Scottish Leaving Certificate Examination, 1952
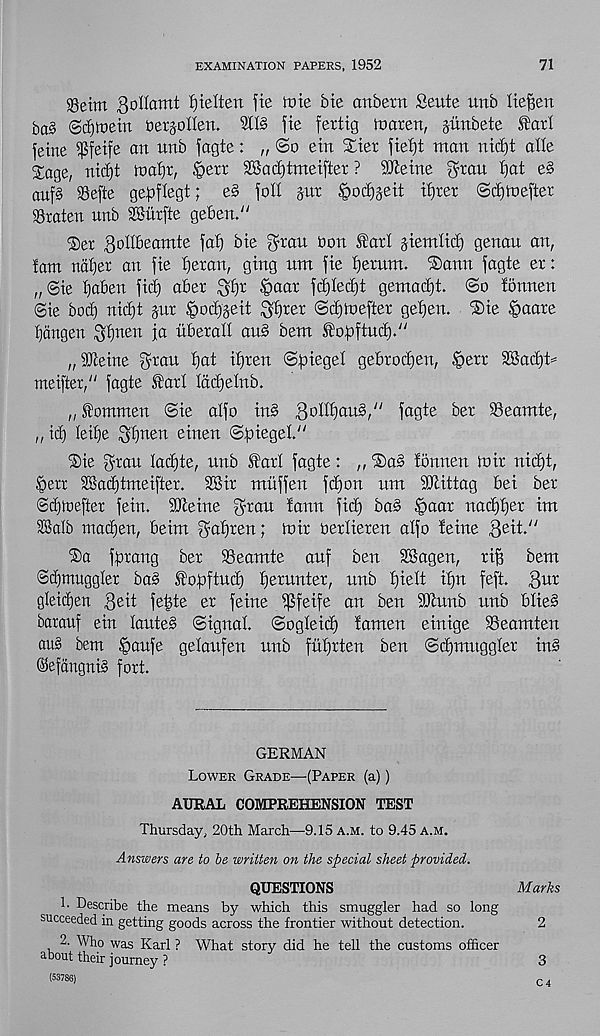
EXAMINATION PAPERS, 1952
71
99eim gollamt fjielten fie ittte bie anbetn Seute unb liefien
ba§ ©dftoein DersoIIen. 21I§ fie fertig marert, juubete farl
feme iPfeife an nnb fagte: „ So etn Slier fief)t man nid)t alle
Sage, nid)t maijr, §ett dBad)tmeifter ? SKeine ^rau tjat e§
auf§ Sefte gepflegt; e§ foil jut ^odj^eit d)tet Sdjtoefter
93raten unb SSurfte geben."
Set godbeamie fat) bie ^rau bon tart jiemtid) genau an,
fam nafjet an fie fjeran, ging nm fie t)erum. Sann fagte er:
„ Sie ^aben fid) aber ^I)r tpaar fd)Ied)t gemadjt. So Ibnnen
®ie bod) nid)t pr §od)jeit S^br Sdjtoefter gef)en. Sie ^aate
fjangen 3t)nen fa liberad au§ bent fopftud)."
„ iO'ceirte gran f)at it)ren ©foieget gebrodjen, §err 2Bad)t=
meifter," fagte .fart Iddjetnb.
„ fommen Sie atfo in§ 3 0 H^) au §/ ; fflQtb ber 93eamte,
,, id) leitfe gtjnen einen Spiegel"
Sie gran Iad)te, nnb SJart fagte: ,, ®a§ tonnen mir nicpt,
§err 2Bad)tmeifter. 2Bir traiffen ftpon nm ibtittag bei ber
©djtoefter fein. iOteine gran tann fid) ba§ §aar nacpper im
SSalb macpen, beim gaprett; loir oerlieren atfo teine Qeit"
Sa fprang ber 93eamte anf ben 2Sagen, rip bem
©Smuggler ba§ Stopftud) tjernnter, nnb piett ipn feft.
gteicfjen gdt fetgte er feme i^feife an ben 9Jhtnb nnb btie§
barauf ein tauteb Signal Sogteid) famen einige tBeamten
au§ bem §anfe getanfen nnb fiitfrten ben Sdfmnggter in§
@efdngni§ fort.
GERMAN
Lower Grade—(Paper (a))
AURAL COMPREHENSION TEST
Thursday, 20th March—9.15 a.m. to 9.45 a.m.
Answers are to be written on the special sheet provided.
QUESTIONS
Marks
1. Describe the means by which this smuggler had so long
succeeded in getting goods across the frontier without detection.
2
2. Who was Karl ? What story did he tell the customs officer
about their journey ?
3